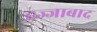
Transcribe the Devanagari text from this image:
हज्जाबाद